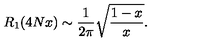
R _ { 1 } ( 4 N x ) \sim \frac { 1 } { 2 \pi } \sqrt { \frac { 1 - x } { x } } .